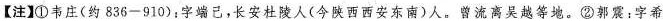
【注】①韦庄(约 836-910 )；字端已，长安杜陵人(今陕西西安东南)人。曾流离吴越等地。②郭震：字希